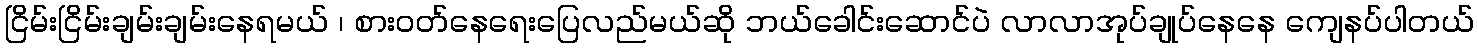
ငြိမ်းငြိမ်းချမ်းချမ်းနေရမယ် ၊ စားဝတ်နေရေးပြေလည်မယ်ဆို ဘယ်ခေါင်းဆောင်ပဲ လာလာအုပ်ချုပ်နေနေ ကျေနပ်ပါတယ်